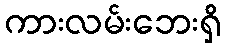
ကားလမ်းဘေးရှိ